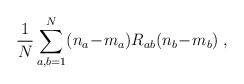
\begin{align*}\frac{1}{N} \sum_{a,b=1}^N(n_a\!-\!m_a)R_{ab}(n_b\!-\!m_b) \; ,\end{align*}